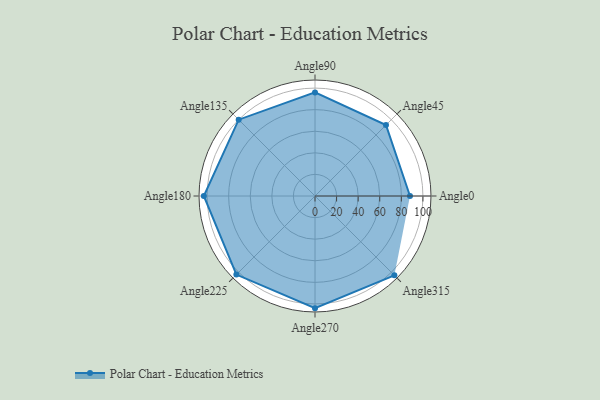
{"axis": {"x": "Angle", "y": "Radius"}, "legend": [""], "data": [{"x": "Angle0", "y": 88.0, "type": ""}, {"x": "Angle45", "y": 93.0, "type": ""}, {"x": "Angle90", "y": 96.0, "type": ""}, {"x": "Angle135", "y": 100.0, "type": ""}, {"x": "Angle180", "y": 103.0, "type": ""}, {"x": "Angle225", "y": 103.0, "type": ""}, {"x": "Angle270", "y": 104.0, "type": ""}, {"x": "Angle315", "y": 104.0, "type": ""}]}